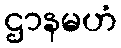
ဌာနမဟံ